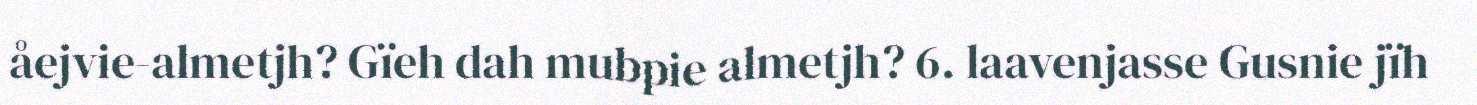
åejvie-almetjh? Gïeh dah mubpie almetjh? 6. laavenjasse Gusnie jïh